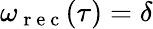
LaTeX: \omega_{\mathrm{~r~e~c~}}(\tau)=\delta